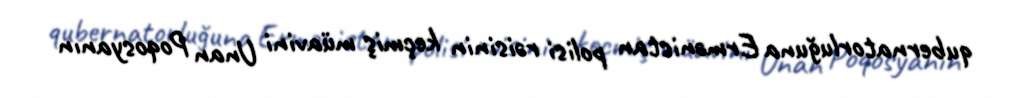
qubernatorluğuna Ermənistan polisi rəisinin keçmiş müavini Unan Poqosyanın